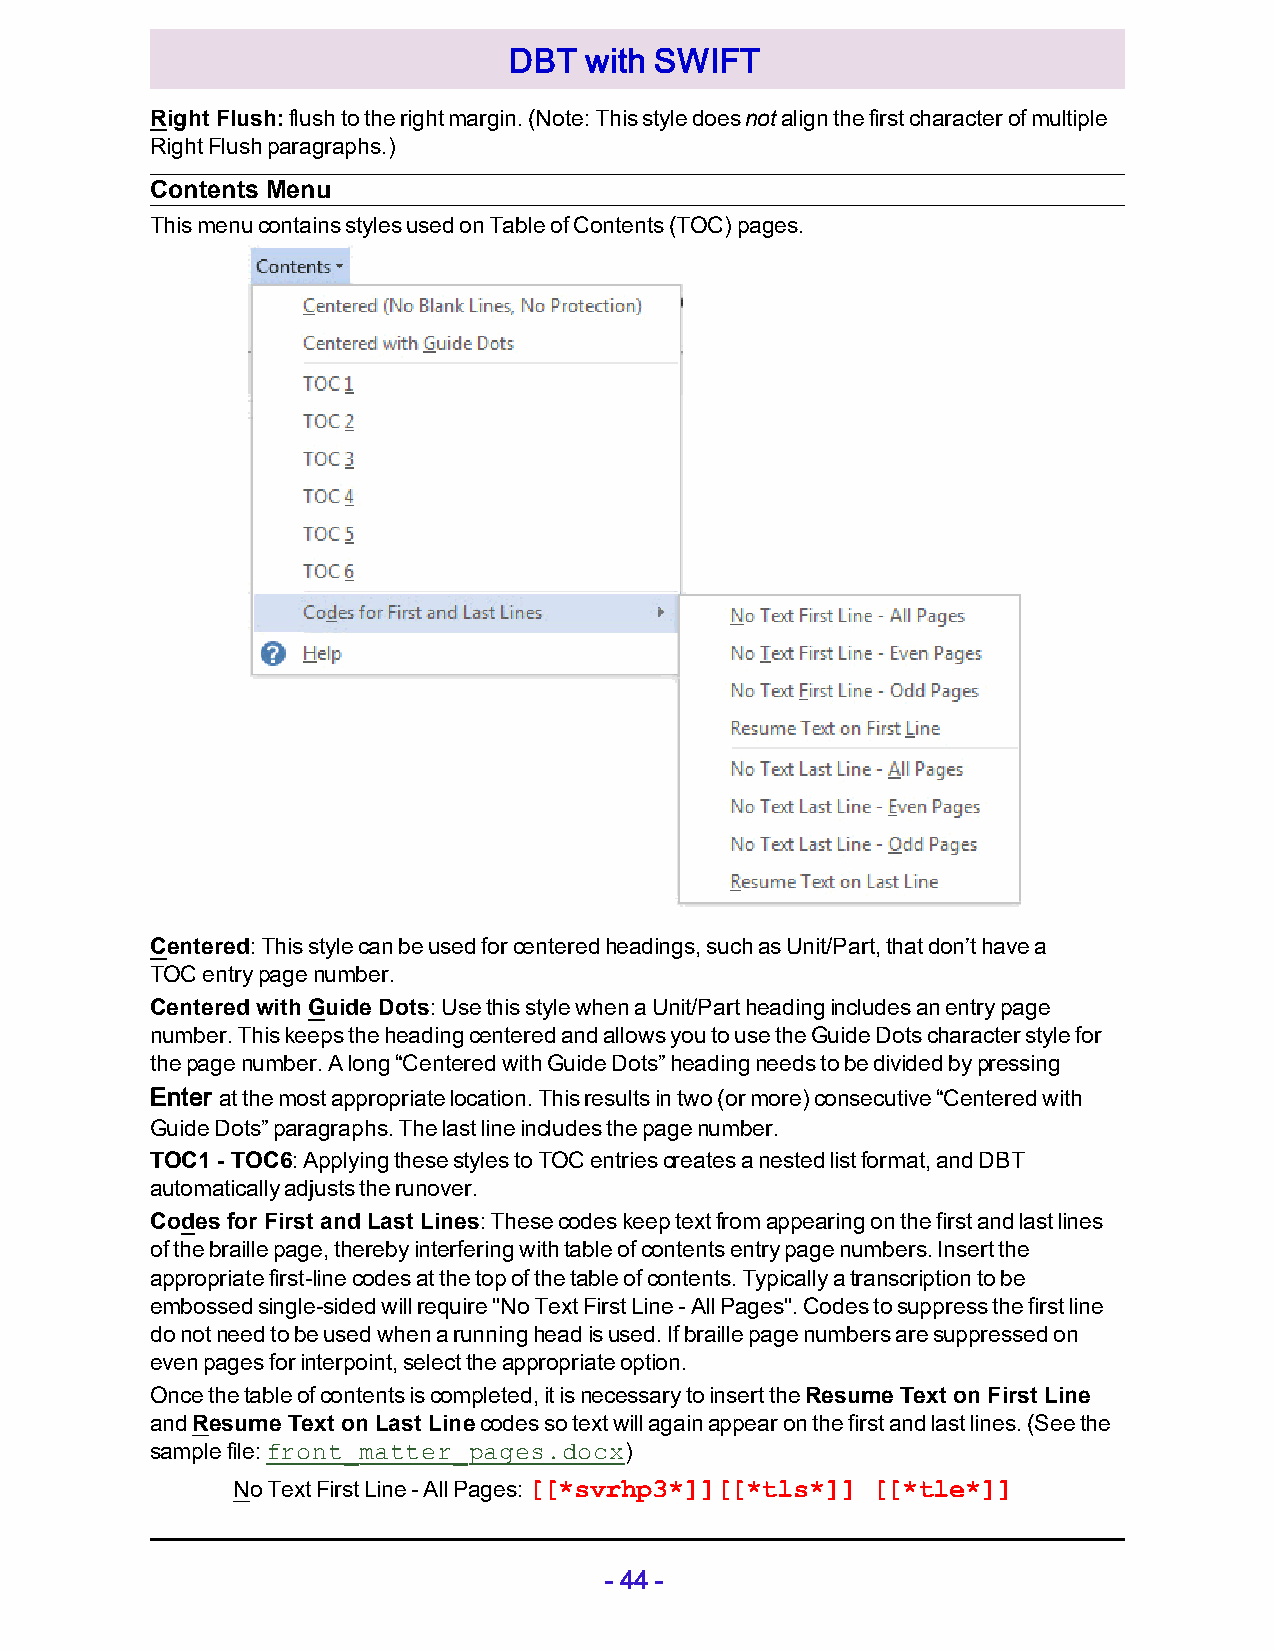
DBT  with SWIFT
 Right Flush: flush to the right margin. (Note: This style does not align the first character of multiple
 Right Flush paragraphs.)
 Contents Menu
 This menu contains styles used on Table of Contents (TOC) pages.
 Centered: This style can be used for centered headings, such as Unit/Part, that don’t have a
 TOC entry page number.
 Centered with Guide Dots: Use this style when a Unit/Part heading includes an entry page
 number. This keeps the heading centered and allows you to use the Guide Dots character style for
 the page number. A long “Centered with Guide Dots” heading needs to be divided by pressing
 Enter at the most appropriate location. This results in two (or more) consecutive “Centered with
 Guide Dots” paragraphs. The last line includes the page number.
 TOC1 - TOC6: Applying these styles to TOC entries creates a nested list format, and DBT
 automatically adjusts the runover.
 Codes for First and Last Lines: These codes keep text from appearing on the first and last lines
 of the braille page, thereby interfering with table of contents entry page numbers. Insert the
 appropriate first-line codes at the top of the table of contents. Typically a transcription to be
 embossed single-sided will require "No Text First Line - All Pages". Codes to suppress the first line
 do not need to be used when a running head is used. If braille page numbers are suppressed on
 even pages for interpoint, select the appropriate option.
 Once the table of contents is completed, it is necessary to insert the Resume Text on First Line
 and Resume Text on Last Line codes so text will again appear on the first and last lines. (See the
 sample file: front_matter_pages.docx)
 No Text First Line - All Pages: [[*svrhp3*]][[*tls*]] [[*tle*]]
 - 44 -